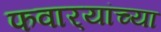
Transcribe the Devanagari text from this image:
फवार्‍यांच्या